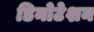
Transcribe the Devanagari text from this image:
डिनोटेशन